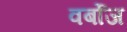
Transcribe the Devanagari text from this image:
वर्बोज